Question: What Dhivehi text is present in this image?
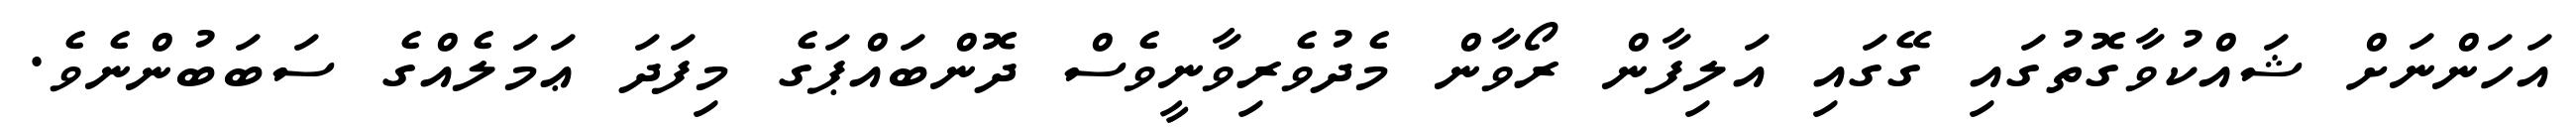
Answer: އަހަންނަށް ޝައްކުވާގޮތުގައި ގޭގައި އަލިފާން ރޯވާން މެދުވެރިވާނީވެސް ދޮންބައްޕަގެ މިފަދަ ޢަމަލެއްގެ ސަބަބުންނެވެ.